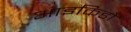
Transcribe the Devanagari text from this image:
आइकिडो